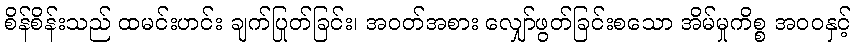
စိန်စိန်းသည် ထမင်းဟင်း ချက်ပြုတ်ခြင်း၊ အဝတ်အစား လျှော်ဖွတ်ခြင်းစသော အိမ်မှုကိစ္စ အဝဝနှင့်